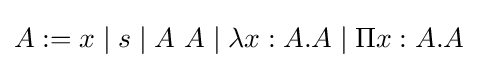
A:=x\mid s\mid A~A\mid \lambda x:A.A\mid \Pi x:A.A